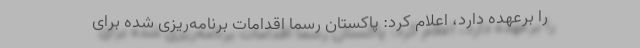
را برعهده دارد، اعلام کرد: پاکستان رسماً اقدامات برنامه‌ریزی شده برای